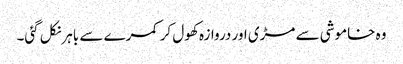
وہ خاموشی سے مڑی اور دروازہ کھول کر کمرے سے باہرنکل گئی۔